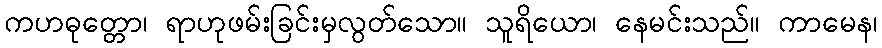
ကဟဓုတ္တော၊ ရာဟုဖမ်းခြင်းမှလွတ်သော။ သူရိယော၊ နေမင်းသည်။ ကာမေန၊